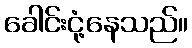
ခေါင်းငုံ့နေသည်။